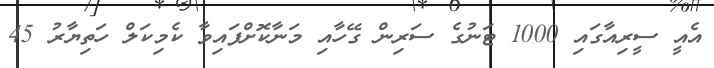
އެއީ ސީރިއާގައި 1000 ޓަނުގެ ސަރިން ގޭހާއި މަނާކޮށްފައިވާ ކެމިކަލް ހަތިޔާރު 45